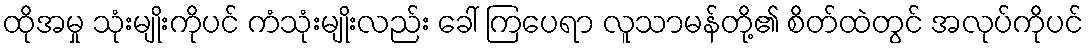
ထိုအမှု သုံးမျိုးကိုပင် ကံသုံးမျိုးလည်း ခေါ် ကြပေရာ လူသာမန်တို့၏ စိတ်ထဲတွင် အလုပ်ကိုပင်